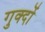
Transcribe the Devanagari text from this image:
गुक्दों